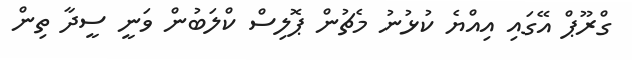
ގްރޫޕް އޭގައި އިއްޔެ ކުޅުނު މެޗުން ޕޮލިސް ކްލަބުން ވަނީ ސީދާ ތިން